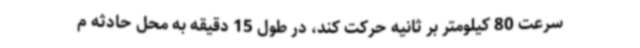
سرعت 80 کیلومتر بر ثانیه حرکت کند، در طول 15 دقیقه به محل حادثه م